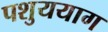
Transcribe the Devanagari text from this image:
पशुययाग